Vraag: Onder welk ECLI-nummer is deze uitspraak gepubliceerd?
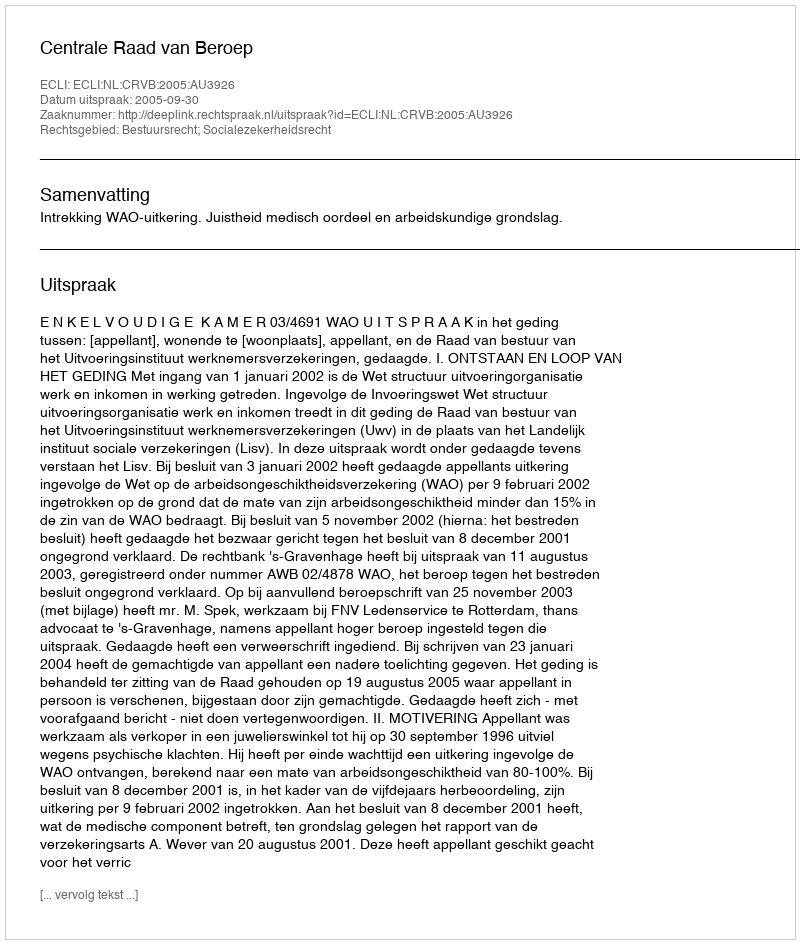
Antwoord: ECLI:NL:CRVB:2005:AU3926